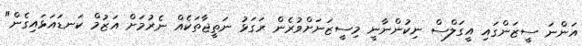
އަންނަ ސީޒަންގައި އީގަލްސް ނިކުންނާނީ މިސީޒަނަށްވުރެން ރަގަޅު ނަތީޖާތަކެއް ނެރުމަށް އަޒުމް ކަނޑައަޅައިގެން"